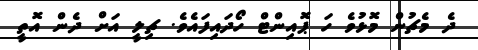
ދެ މެޗުން މޮޅުވެ ހަ ޕޮއިންޓް ހޯދައިފައެވެ. ޗިލީ އަށް ދެން އޮތީ